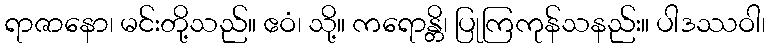
ရာဇာနော၊ မင်းတို့သည်။ ဧဝံ၊ သို့။ ကရောန္တိ၊ ပြုကြကုန်သနည်း။ ပါဒဿဝါ၊